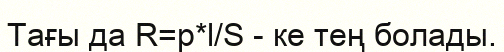
Тағы да R=p*l/S - ке тең болады.